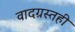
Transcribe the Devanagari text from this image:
वादग्रस्तही